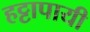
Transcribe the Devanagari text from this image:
हट्टापायी